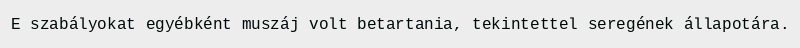
E szabályokat egyébként muszáj volt betartania, tekintettel seregének állapotára.